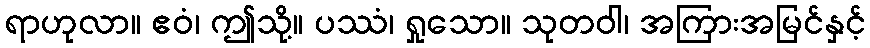
ရာဟုလာ။ ဧဝံ၊ ဤသို့။ ပဿံ၊ ရှုသော။ သုတဝါ၊ အကြားအမြင်နှင့်